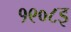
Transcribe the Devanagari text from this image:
१९०८इ